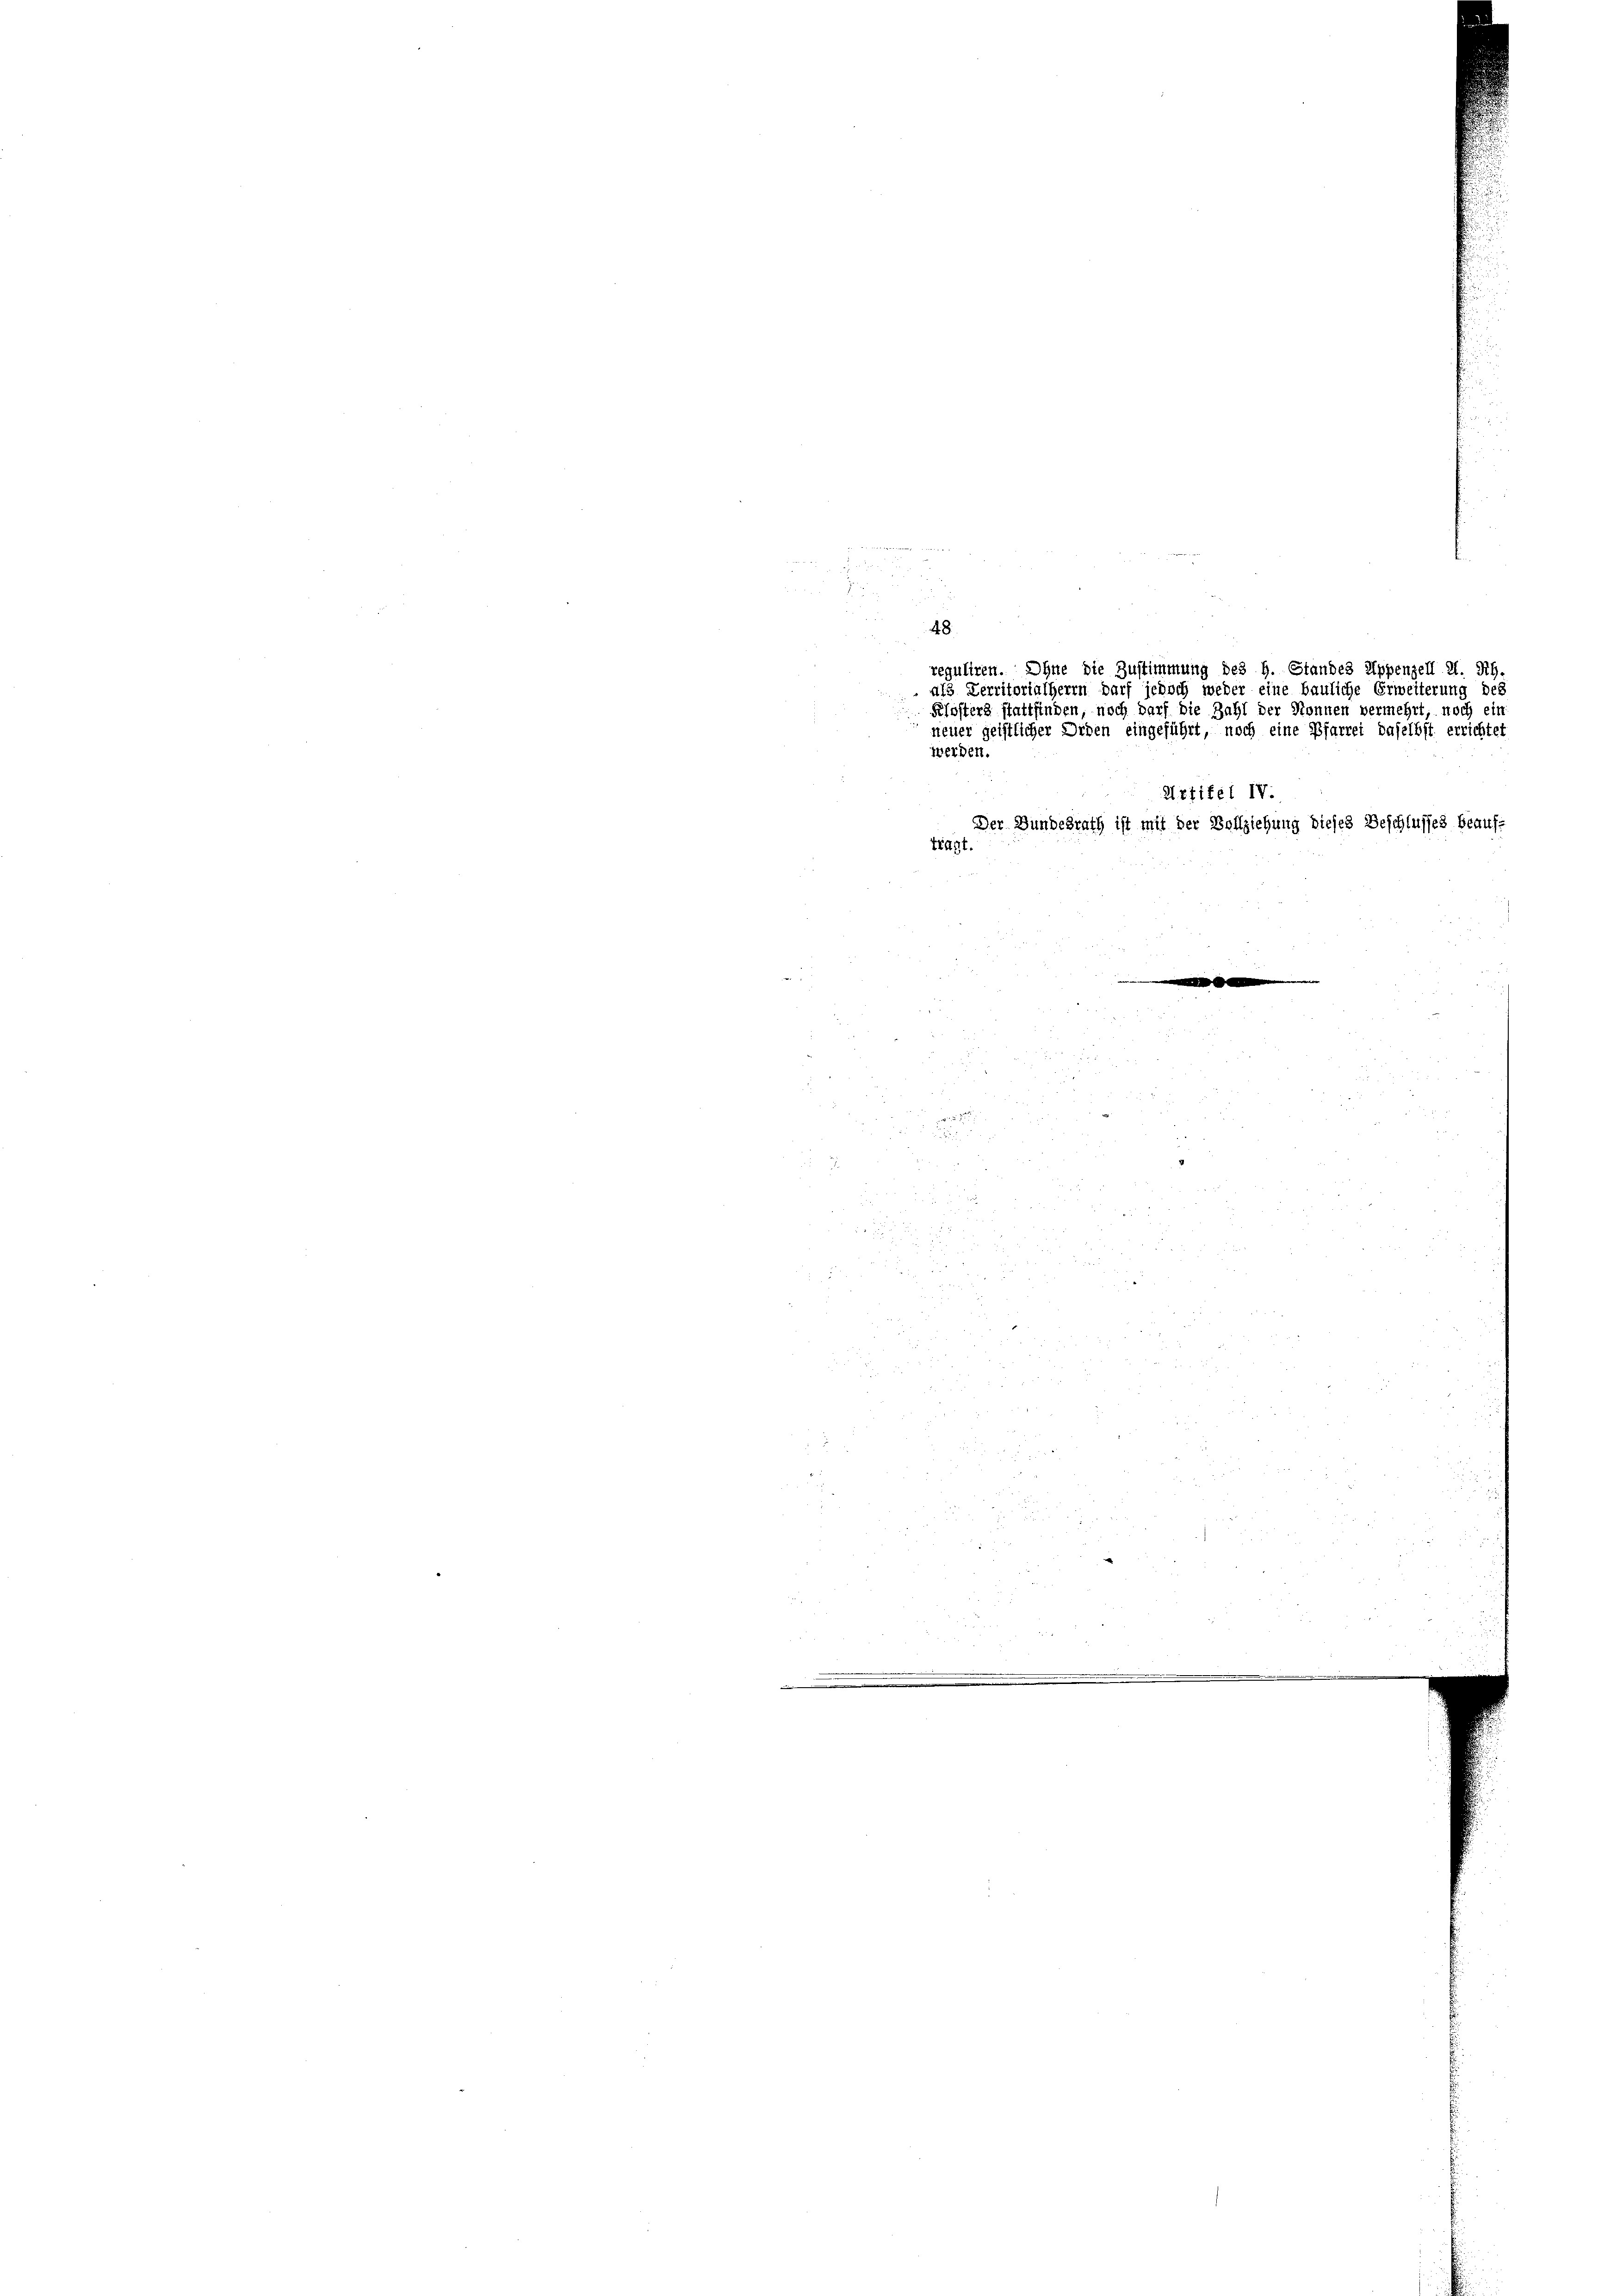
48.
reguliren. Ohne die Zustimmung des H. Standes Appenzell I. Rh.
als Territorialherrn darf jedoch weder eine bauliche Erweiterung des
Pfofters stattfinden, noch darf die Zahl der Nonnen vermehrt, noch ein
neuer geistlicher Orden eingeführt, noch eine Pfarrei daselbst errichtet
werden.
Artikel IV.
Der Bundesrath ist mit der Vollziehung dieses Beschlusses Beaufträgt.